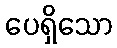
ပေရှိသော